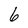
Character: 6